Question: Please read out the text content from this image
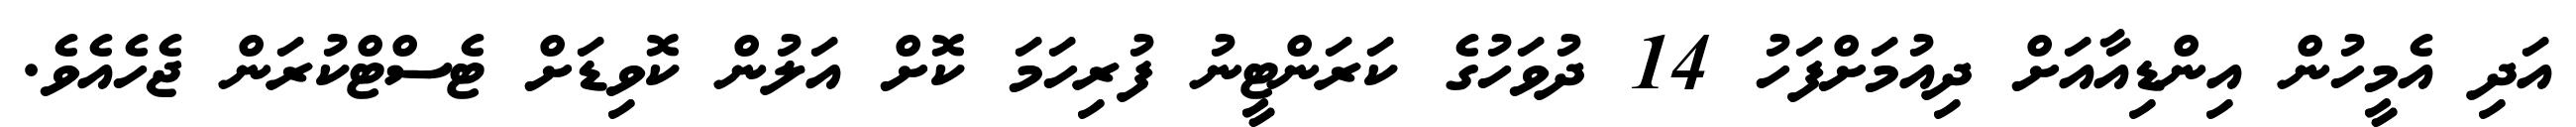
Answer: އަދި އެމީހުން އިންޑިއާއަށް ދިއުމަށްފަހު 14 ދުވަހުގެ ކަރަންޓީނު ފުރިހަމަ ކޮށް އަލުން ކޮވިޑަށް ޓެސްޓްކުރަން ޖެހެއެވެ.